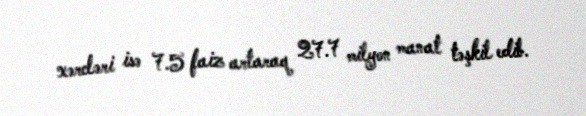
xərcləri isə 7.5 faiz artaraq 27.7 milyon manat təşkil edib.